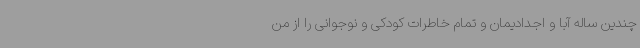
چندین ساله آبا و اجدادیمان و تمام خاطرات کودکی و نوجوانی را از من